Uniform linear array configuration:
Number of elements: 8
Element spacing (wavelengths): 1
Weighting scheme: cosine
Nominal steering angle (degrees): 30
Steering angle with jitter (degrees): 29.619
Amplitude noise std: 0.05
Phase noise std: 0.05

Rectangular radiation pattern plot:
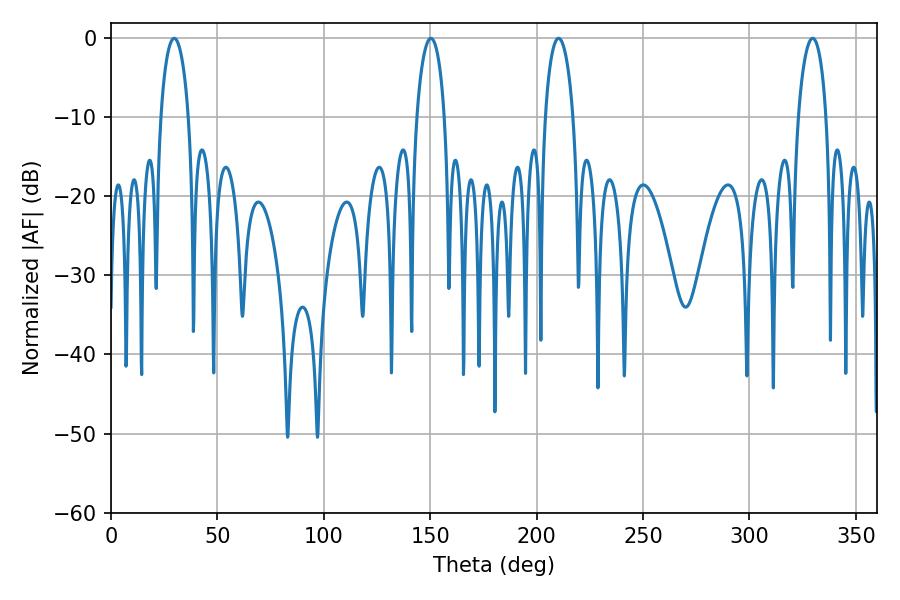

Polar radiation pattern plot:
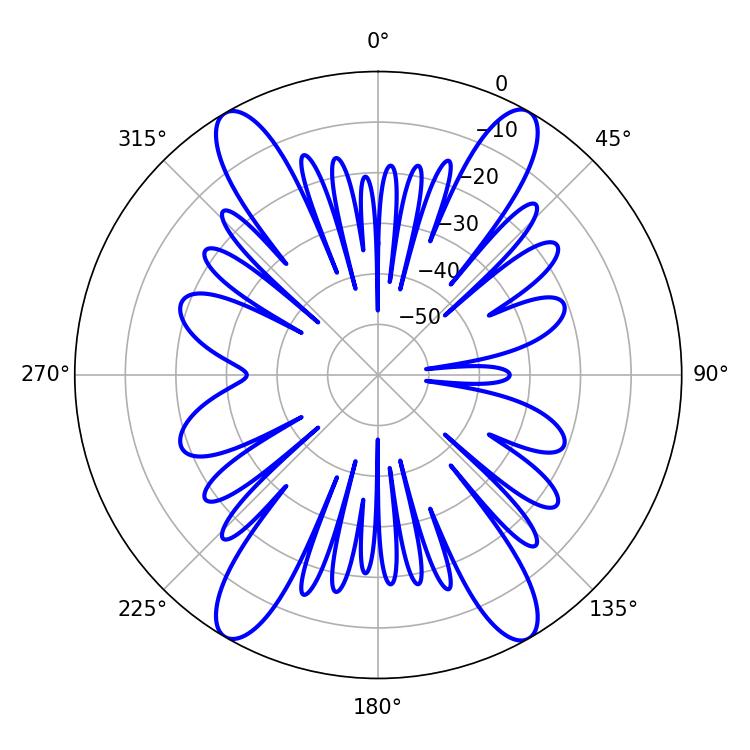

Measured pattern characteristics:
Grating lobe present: TRUE
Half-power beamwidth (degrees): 7.38
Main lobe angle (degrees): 29.7